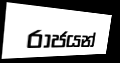
රාජයන්